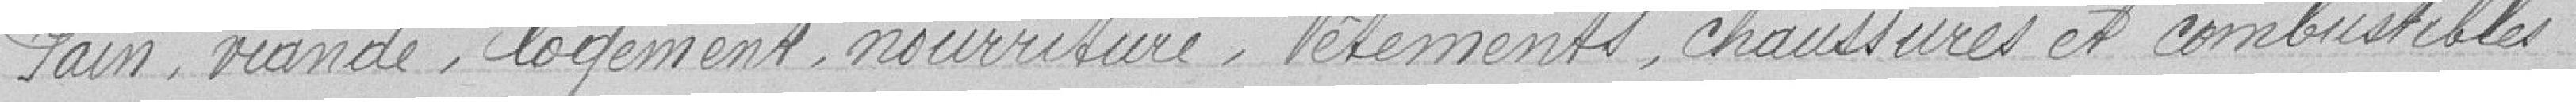
Pain, viande, logement, nourriture, vêtements, chaussures et combustibles.